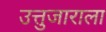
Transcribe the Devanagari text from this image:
उत्तुजाराला